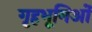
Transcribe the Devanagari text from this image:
गृहभूमिओं